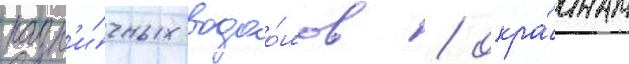
разл'и́чных водоо́мов / окра́инам